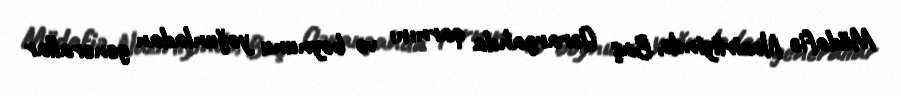
Müdafiə Nazirliyində, Baş Qərargahda qarnını və boynunu yoğunladan generallar